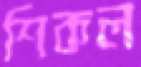
শিকল